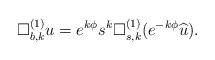
\begin{align*}\Box^{(1)}_{b,k}u=e^{k\phi}s^k\Box^{(1)}_{s,k}(e^{-k\phi}\widehat u).\end{align*}